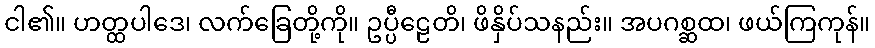
ငါ၏။ ဟတ္ထပါဒေ၊ လက်ခြေတို့ကို။ ဥပ္ပီဠေတိ၊ ဖိနှိပ်သနည်း။ အပဂစ္ဆထ၊ ဖယ်ကြကုန်။